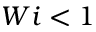
W i < 1